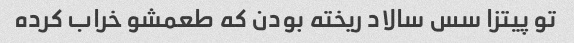
تو پیتزا سس سالاد ریخته بودن که طعمشو خراب کرده